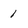
Character: 1